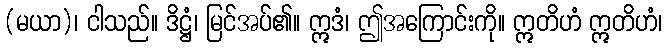
(မယာ)၊ ငါသည်။ ဒိဋ္ဌံ၊ မြင်အပ်၏။ ဣဒံ၊ ဤအကြောင်းကို။ ဣတိဟံ ဣတိဟံ၊